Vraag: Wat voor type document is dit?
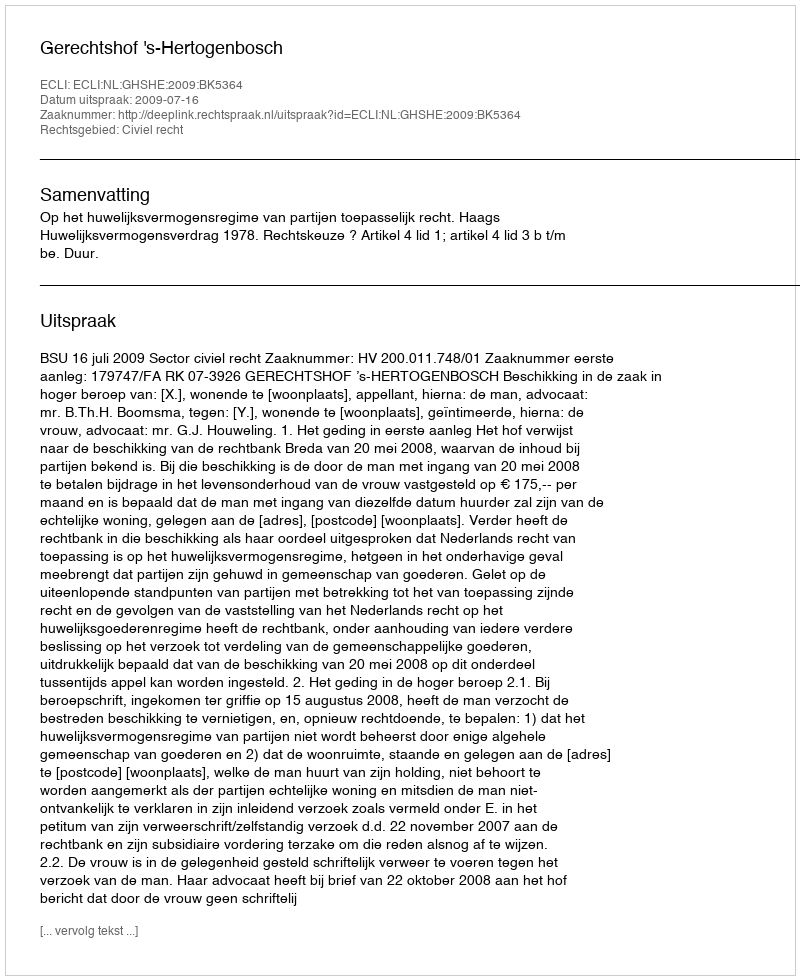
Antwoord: Uitspraak